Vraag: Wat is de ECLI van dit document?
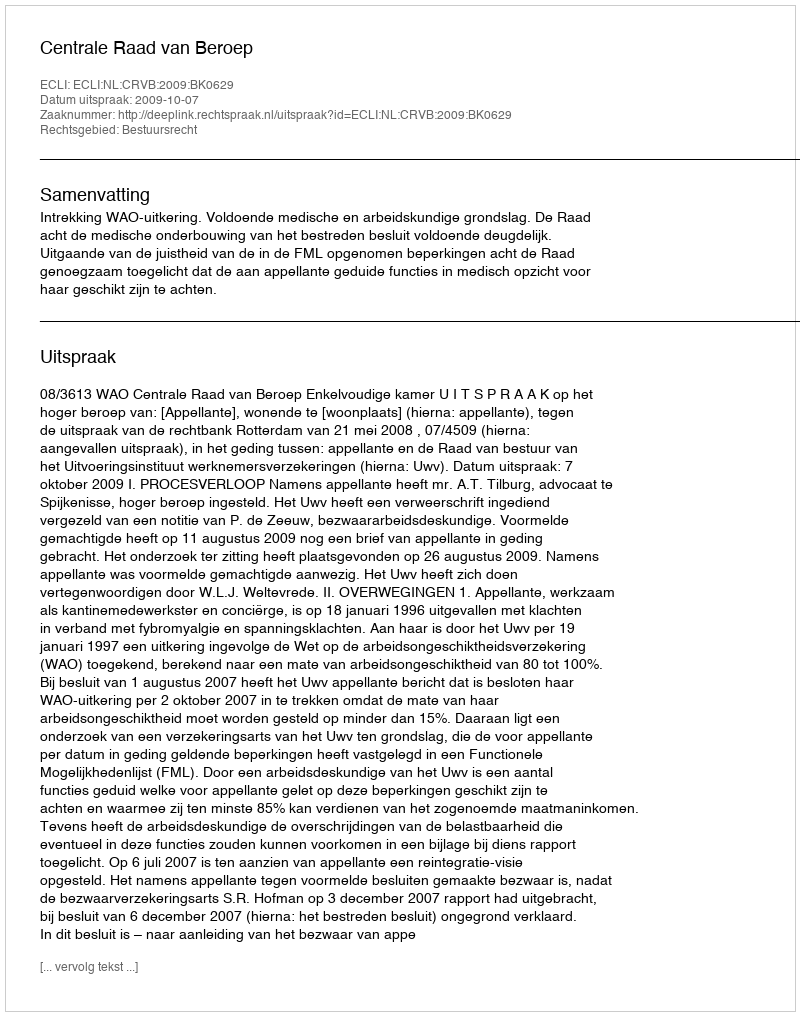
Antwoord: ECLI:NL:CRVB:2009:BK0629